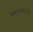
અવબાધ